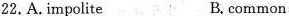
22.A. impolite B. common